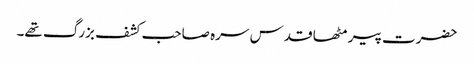
حضرت پیر مٹھا قدس سرہ صاحب کشف بزرگ تھے۔